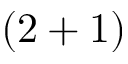
( 2 + 1 )